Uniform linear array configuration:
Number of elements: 24
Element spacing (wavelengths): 0.25
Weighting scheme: blackman
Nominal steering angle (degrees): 60
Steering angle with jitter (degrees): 60.181
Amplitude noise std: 0.05
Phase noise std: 0.05

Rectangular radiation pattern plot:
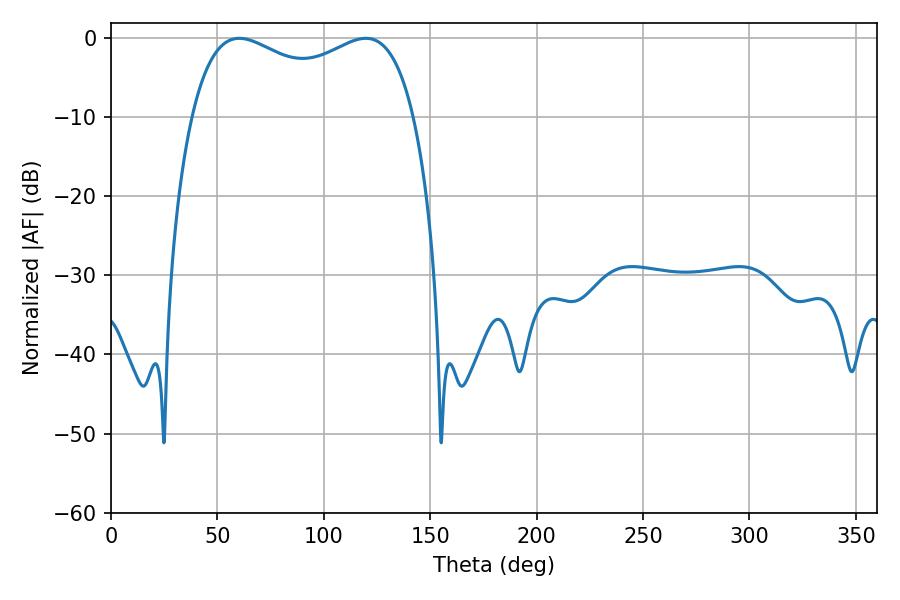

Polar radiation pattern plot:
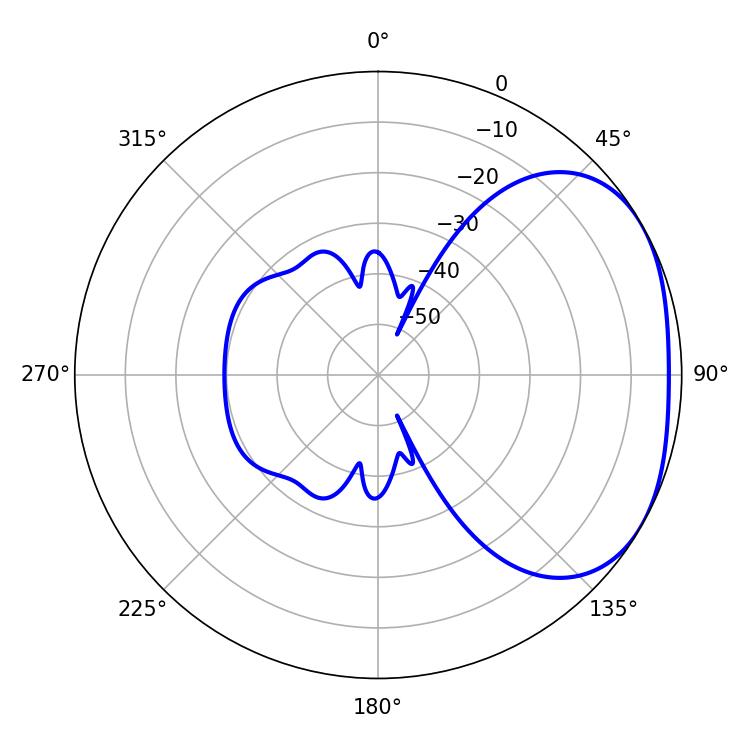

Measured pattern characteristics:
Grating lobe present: FALSE
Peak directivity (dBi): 2.528
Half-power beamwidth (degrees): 86.76
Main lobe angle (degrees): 60.3